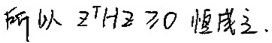
所以 $2T + 2 \geq 0$ 恒成立.